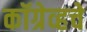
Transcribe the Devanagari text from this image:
कॉग्रेव्हचे